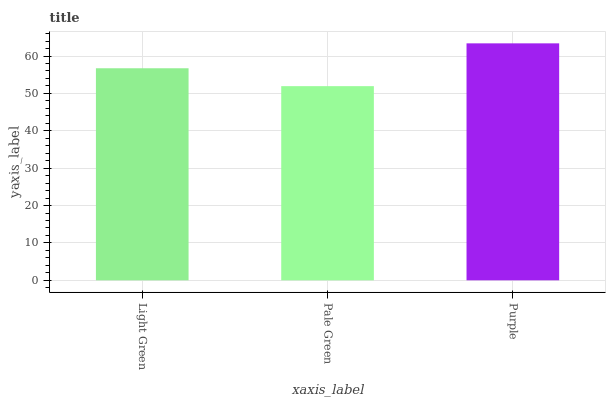
| xaxis_label | bars |
 | --- | --- |
 | Light Green | 56.7 |
 | Pale Green | 51.9 |
 | Purple | 63.4 |